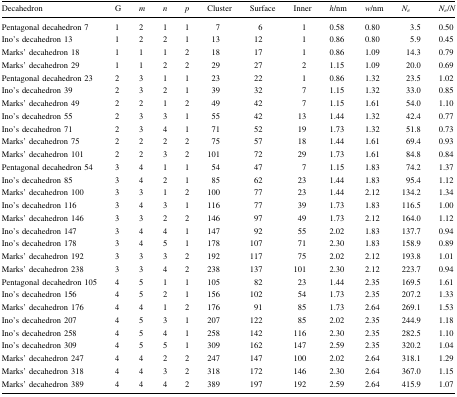
<table><thead><tr><td><b>Decahedron</b></td><td><b>G</b></td><td><b><i>m</i></b></td><td><b><i>n</i></b></td><td><b><i>p</i></b></td><td><b>Cluster</b></td><td><b>Surface</b></td><td><b>Inner</b></td><td><b><i>h</i>/nm</b></td><td><b><i>w</i>/nm</b></td><td><b><i>N</i><sub><i>e</i></sub></b></td><td><b><i>N</i><sub><i>e</i></sub>/<i>N</i></b></td></tr></thead><tbody><tr><td>Pentagonal decahedron 7</td><td>1</td><td>2</td><td>1</td><td>1</td><td>7</td><td>6</td><td>1</td><td>0.58</td><td>0.80</td><td>3.5</td><td>0.50</td></tr><tr><td>Ino’s decahedron 13</td><td>1</td><td>2</td><td>2</td><td>1</td><td>13</td><td>12</td><td>1</td><td>0.86</td><td>0.80</td><td>5.9</td><td>0.45</td></tr><tr><td>Marks’ decahedron 18</td><td>1</td><td>1</td><td>1</td><td>2</td><td>18</td><td>17</td><td>1</td><td>0.86</td><td>1.09</td><td>14.3</td><td>0.79</td></tr><tr><td>Marks’ decahedron 29</td><td>1</td><td>1</td><td>2</td><td>2</td><td>29</td><td>27</td><td>2</td><td>1.15</td><td>1.09</td><td>20.0</td><td>0.69</td></tr><tr><td>Pentagonal decahedron 23</td><td>2</td><td>3</td><td>1</td><td>1</td><td>23</td><td>22</td><td>1</td><td>0.86</td><td>1.32</td><td>23.5</td><td>1.02</td></tr><tr><td>Ino’s decahedron 39</td><td>2</td><td>3</td><td>2</td><td>1</td><td>39</td><td>32</td><td>7</td><td>1.15</td><td>1.32</td><td>33.0</td><td>0.85</td></tr><tr><td>Marks’ decahedron 49</td><td>2</td><td>2</td><td>1</td><td>2</td><td>49</td><td>42</td><td>7</td><td>1.15</td><td>1.61</td><td>54.0</td><td>1.10</td></tr><tr><td>Ino’s decahedron 55</td><td>2</td><td>3</td><td>3</td><td>1</td><td>55</td><td>42</td><td>13</td><td>1.44</td><td>1.32</td><td>42.4</td><td>0.77</td></tr><tr><td>Ino’s decahedron 71</td><td>2</td><td>3</td><td>4</td><td>1</td><td>71</td><td>52</td><td>19</td><td>1.73</td><td>1.32</td><td>51.8</td><td>0.73</td></tr><tr><td>Marks’ decahedron 75</td><td>2</td><td>2</td><td>2</td><td>2</td><td>75</td><td>57</td><td>18</td><td>1.44</td><td>1.61</td><td>69.4</td><td>0.93</td></tr><tr><td>Marks’ decahedron 101</td><td>2</td><td>2</td><td>3</td><td>2</td><td>101</td><td>72</td><td>29</td><td>1.73</td><td>1.61</td><td>84.8</td><td>0.84</td></tr><tr><td>Pentagonal decahedron 54</td><td>3</td><td>4</td><td>1</td><td>1</td><td>54</td><td>47</td><td>7</td><td>1.15</td><td>1.83</td><td>74.2</td><td>1.37</td></tr><tr><td>Ino’s decahedron 85</td><td>3</td><td>4</td><td>2</td><td>1</td><td>85</td><td>62</td><td>23</td><td>1.44</td><td>1.83</td><td>95.4</td><td>1.12</td></tr><tr><td>Marks’ decahedron 100</td><td>3</td><td>3</td><td>1</td><td>2</td><td>100</td><td>77</td><td>23</td><td>1.44</td><td>2.12</td><td>134.2</td><td>1.34</td></tr><tr><td>Ino’s decahedron 116</td><td>3</td><td>4</td><td>3</td><td>1</td><td>116</td><td>77</td><td>39</td><td>1.73</td><td>1.83</td><td>116.5</td><td>1.00</td></tr><tr><td>Marks’ decahedron 146</td><td>3</td><td>3</td><td>2</td><td>2</td><td>146</td><td>97</td><td>49</td><td>1.73</td><td>2.12</td><td>164.0</td><td>1.12</td></tr><tr><td>Ino’s decahedron 147</td><td>3</td><td>4</td><td>4</td><td>1</td><td>147</td><td>92</td><td>55</td><td>2.02</td><td>1.83</td><td>137.7</td><td>0.94</td></tr><tr><td>Ino’s decahedron 178</td><td>3</td><td>4</td><td>5</td><td>1</td><td>178</td><td>107</td><td>71</td><td>2.30</td><td>1.83</td><td>158.9</td><td>0.89</td></tr><tr><td>Marks’ decahedron 192</td><td>3</td><td>3</td><td>3</td><td>2</td><td>192</td><td>117</td><td>75</td><td>2.02</td><td>2.12</td><td>193.8</td><td>1.01</td></tr><tr><td>Marks’ decahedron 238</td><td>3</td><td>3</td><td>4</td><td>2</td><td>238</td><td>137</td><td>101</td><td>2.30</td><td>2.12</td><td>223.7</td><td>0.94</td></tr><tr><td>Pentagonal decahedron 105</td><td>4</td><td>5</td><td>1</td><td>1</td><td>105</td><td>82</td><td>23</td><td>1.44</td><td>2.35</td><td>169.5</td><td>1.61</td></tr><tr><td>Ino’s decahedron 156</td><td>4</td><td>5</td><td>2</td><td>1</td><td>156</td><td>102</td><td>54</td><td>1.73</td><td>2.35</td><td>207.2</td><td>1.33</td></tr><tr><td>Marks’ decahedron 176</td><td>4</td><td>4</td><td>1</td><td>2</td><td>176</td><td>91</td><td>85</td><td>1.73</td><td>2.64</td><td>269.1</td><td>1.53</td></tr><tr><td>Ino’s decahedron 207</td><td>4</td><td>5</td><td>3</td><td>1</td><td>207</td><td>122</td><td>85</td><td>2.02</td><td>2.35</td><td>244.9</td><td>1.18</td></tr><tr><td>Ino’s decahedron 258</td><td>4</td><td>5</td><td>4</td><td>1</td><td>258</td><td>142</td><td>116</td><td>2.30</td><td>2.35</td><td>282.5</td><td>1.10</td></tr><tr><td>Ino’s decahedron 309</td><td>4</td><td>5</td><td>5</td><td>1</td><td>309</td><td>162</td><td>147</td><td>2.59</td><td>2.35</td><td>320.2</td><td>1.04</td></tr><tr><td>Marks’ decahedron 247</td><td>4</td><td>4</td><td>2</td><td>2</td><td>247</td><td>147</td><td>100</td><td>2.02</td><td>2.64</td><td>318.1</td><td>1.29</td></tr><tr><td>Marks’ decahedron 318</td><td>4</td><td>4</td><td>3</td><td>2</td><td>318</td><td>172</td><td>146</td><td>2.30</td><td>2.64</td><td>367.0</td><td>1.15</td></tr><tr><td>Marks’ decahedron 389</td><td>4</td><td>4</td><td>4</td><td>2</td><td>389</td><td>197</td><td>192</td><td>2.59</td><td>2.64</td><td>415.9</td><td>1.07</td></tr></tbody></table>